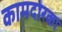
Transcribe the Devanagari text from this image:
कामदारका